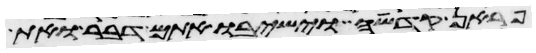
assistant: פראן קדשה וישיבו אתם דבר ואת